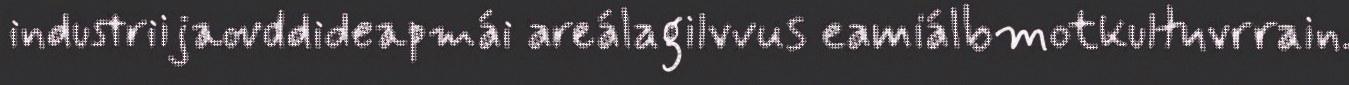
industriijaovddideapmái areálagilvvus eamiálbmotkultuvrrain.